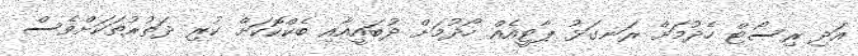
އަދި ރިސޯޓް ހެދުމަށް ރަނގަޅު ޕާޓީއެއް ހޯދުމަށް ދުބައީއާއި ބެކްކޮކަށް ކުރި ދަތުރުތަކަށްވެސް